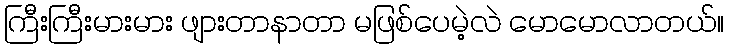
ကြီးကြီးမားမား ဖျားတာနာတာ မဖြစ်ပေမဲ့လဲ မောမောလာတယ်။